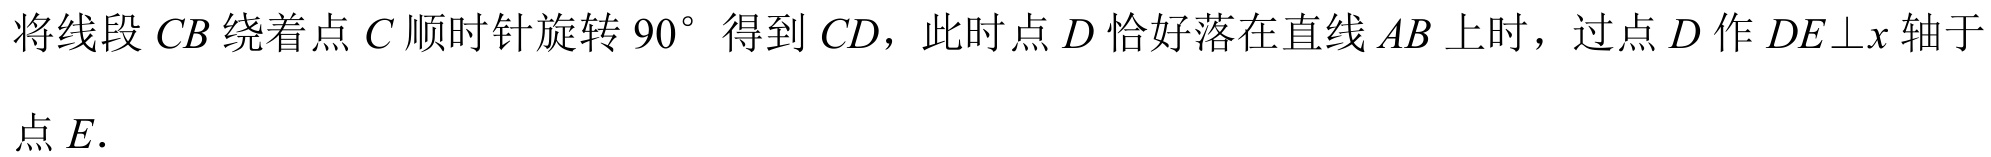
将线段\(CB\)绕着点\(C\)顺时针旋转\(90^{\circ}\)得到\(CD\)，此时点\(D\)恰好落在直线\(AB\)上时，过点\(D\)作\(DE\bot x\)轴于
点\(E\)．